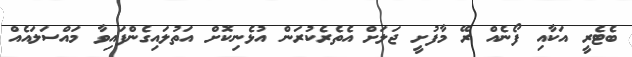
ބެޓެރީ އަކާއި ފޯނެއް ރޭ މާފުށީ ޖަލަށް އެތެރެކުރަން އުޅެނިކޮށް އަތުލައިގެންފައިވާ މައްސަލައެއް